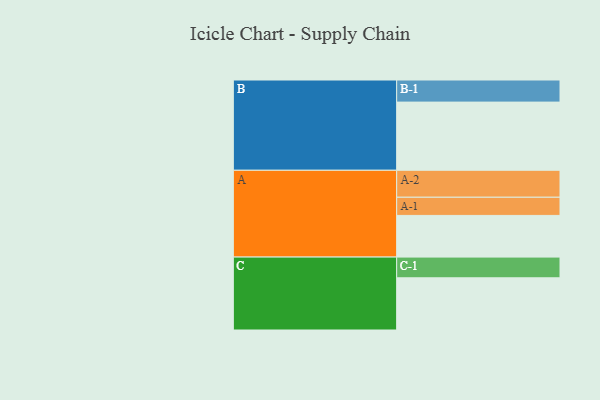
{"axis": {"x": "Segment", "y": "Value"}, "legend": ["", "A", "B", "C"], "data": [{"x": "A", "y": 360, "type": ""}, {"x": "B", "y": 589, "type": ""}, {"x": "C", "y": 451, "type": ""}, {"x": "A-1", "y": 157, "type": "A"}, {"x": "A-2", "y": 233, "type": "A"}, {"x": "B-1", "y": 191, "type": "B"}, {"x": "C-1", "y": 179, "type": "C"}]}